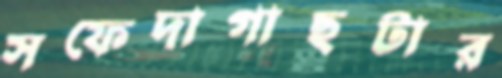
সফেদাগাছটার